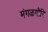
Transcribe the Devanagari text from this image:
मंगळगौरि